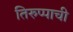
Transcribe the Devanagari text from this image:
तिरुप्पाची